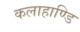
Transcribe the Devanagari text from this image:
कलाहाण्डि